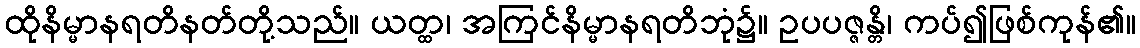
ထိုနိမ္မာနရတိနတ်တို့သည်။ ယတ္ထ၊ အကြင်နိမ္မာနရတိဘုံ၌။ ဥပပဇ္ဇန္တိ၊ ကပ်၍ဖြစ်ကုန်၏။